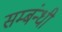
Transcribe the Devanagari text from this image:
सम्बंन्धी